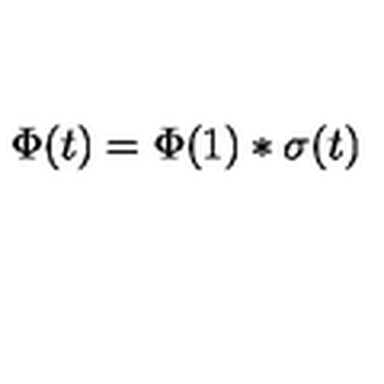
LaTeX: \Phi ( t ) = \Phi ( 1 ) * \sigma ( t )